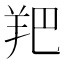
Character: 羓